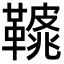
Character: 𩌿